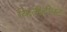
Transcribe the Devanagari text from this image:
कितीहीपट